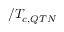
/ T _ { c , Q T N }